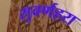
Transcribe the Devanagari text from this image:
सुवर्णहरा